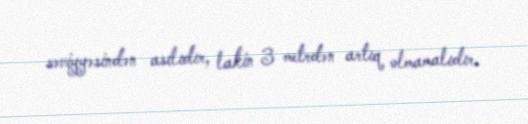
səviyyəsindən asılıdır, lakin 3 metrdən artıq olmamalıdır.